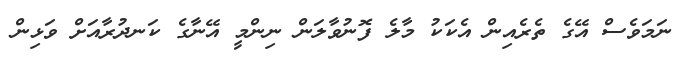
ނަމަވެސް އޭގެ ތެރެއިން އެކަކު މާލެ ފޮނުވާލަން ނިންމީ އޭނާގެ ކަނދުރާއަށް ވަޅިން